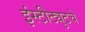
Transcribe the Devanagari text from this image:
इंस्टीट्युटचे